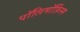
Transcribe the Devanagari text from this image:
पॉलिमॉर्फ़िस्म